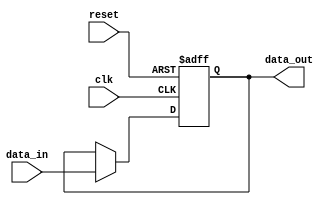
module Simple_Bypass_Register (
    input clk,
    input reset,
    input [7:0] data_in,
    output reg [7:0] data_out
);

reg [7:0] internal_reg;

always @(posedge clk or posedge reset) begin
    if (reset) begin
        internal_reg <= 8'b0;
    end else begin
        if (bypass_condition) begin // Insert condition for bypass operation
            internal_reg <= data_in;
        end else begin
            internal_reg <= internal_reg;
        end
    end
end

assign data_out = internal_reg;

endmodule